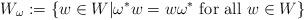
LaTeX: \begin{align*}W_\omega := \{ w\in W | \omega^* w = w \omega^* \mbox{ for all }w\in W\}\end{align*}